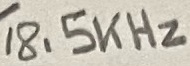
Text: 18.5KHz